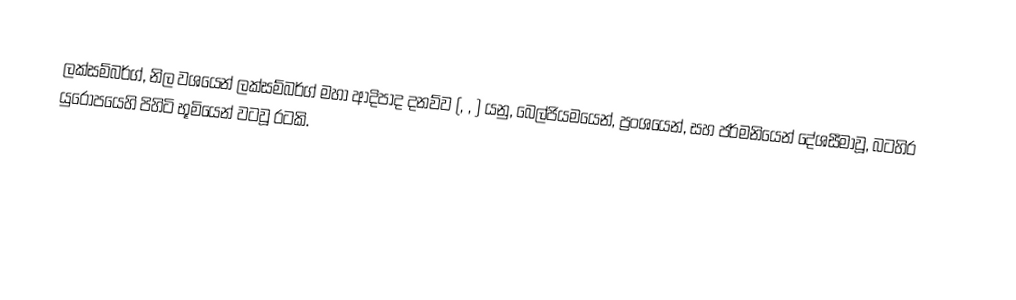
ලක්සම්බර්ග්, නිල වශයෙන් ලක්සම්බර්ග් මහා ආදිපාද දනව්ව (, , ) යනු, බෙල්ජියමයෙන්, ප්‍රංශයෙන්, සහ ජර්මනියෙන් දේශසීමාවූ,  බටහිර යුරෝපයෙහි පිහිටි භූමියෙන් වටවූ රටකි.